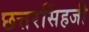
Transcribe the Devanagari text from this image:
छत्तरसिंहजी